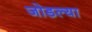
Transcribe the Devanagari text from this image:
जोडल्‍या